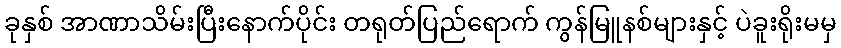
ခုနှစ် အာဏာသိမ်းပြီးနောက်ပိုင်း တရုတ်ပြည်ရောက် ကွန်မြူနစ်များနှင့် ပဲခူးရိုးမမှ